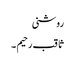
روشنی
ثاقب رحیم ۔